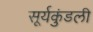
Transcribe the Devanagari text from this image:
सूर्यकुंडली